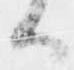
ハ